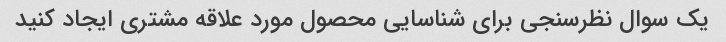
یک سوال نظرسنجی برای شناسایی محصول مورد علاقه مشتری ایجاد کنید